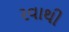
રવાથી